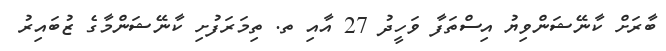
ބާރަށް ކާނޭޝަންވިޔު އިސްތަފާ ވަހީދު 27 އާއި ތ. ތިމަރަފުށި ކާނޭޝަންމާގެ ޒުބައިރު